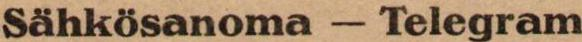
Sähkösanoma - Telegram